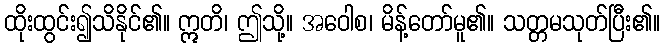
ထိုးထွင်း၍သိနိုင်၏။ ဣတိ၊ ဤသို့။ အဝေါစ၊ မိန့်တော်မူ၏။ သတ္တမသုတ်ပြီး၏။